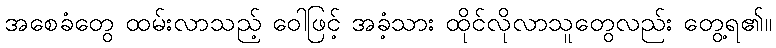
အစေခံတွေ ထမ်းလာသည့် ဝေါဖြင့် အခံ့သား ထိုင်လိုလာသူတွေလည်း တွေ့ရ၏။